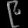
Digit: ၉